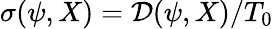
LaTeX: \sigma(\psi,X)=\mathcal{D}(\psi,X)/T_{0}